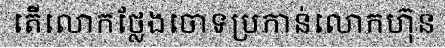
តើលោកថ្លែងចោទប្រកាន់លោកហ៊ុន